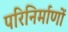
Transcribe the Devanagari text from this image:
परिनिर्माणों